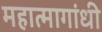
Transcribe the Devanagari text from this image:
महात्मागांधी